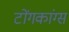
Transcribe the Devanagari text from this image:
टोंगकांग्स